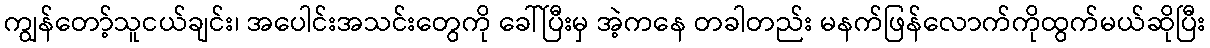
ကျွန်တော့်သူငယ်ချင်း၊ အပေါင်းအသင်းတွေကို ခေါ်ပြီးမှ အဲ့ကနေ တခါတည်း မနက်ဖြန်လောက်ကိုထွက်မယ်ဆိုပြီး